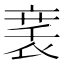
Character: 𬡚